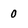
Character: 0